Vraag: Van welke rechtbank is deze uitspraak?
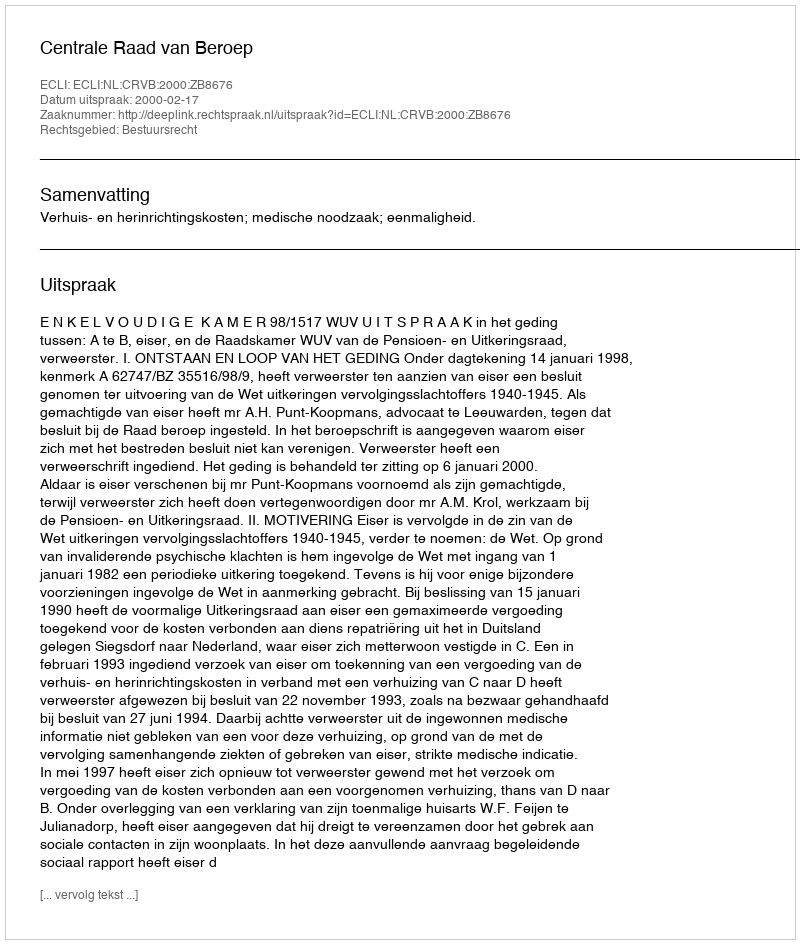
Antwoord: Centrale Raad van Beroep